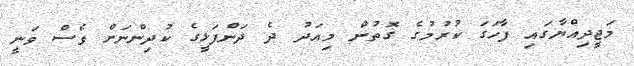
މަޖީދިއްޔާގައި ފާހަގަ ކުރުމުގެ ގޮތުން މިއަދު ދެ ދަންފަޅީގެ ކުދިންނަށް ވެސް ވަނީ